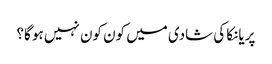
پریانکا کی شادی میں کون کون نہیں ہو گا؟